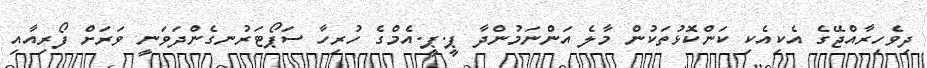
ދިވެހިރާއްޖޭގެ އެކިއެކި ކަންކޮޅުތަކުން މާލެ އަންނަމުންދާ ޕީ.ޕީ.އެމްގެ ހުރިހާ ސަޕޯޓަރުނގެންދަވަނީ ވަރަށް ފޯރިއާއި